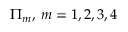
\Pi _ { m } , \, m = 1 , 2 , 3 , 4